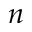
n